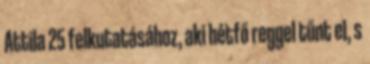
Attila 25 felkutatásához, aki hétfő reggel tűnt el, s